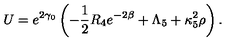
U = e ^ { 2 \gamma _ { 0 } } \left( - \frac 1 2 R _ { 4 } e ^ { - 2 \beta } + \Lambda _ { 5 } + \kappa _ { 5 } ^ { 2 } \rho \right) .